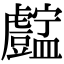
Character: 𧈚